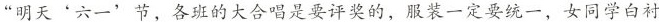
”明天'六一'节，各班的大合唱是要评奖的，服装一定要统一，女同学白衬